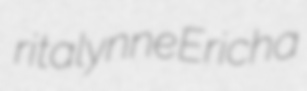
ritalynne Ericha